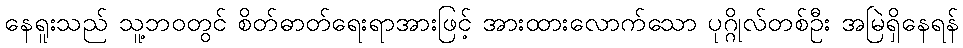
နေရူးသည် သူ့ဘဝတွင် စိတ်ဓာတ်ရေးရာအားဖြင့် အားထားလောက်သော ပုဂ္ဂိုလ်တစ်ဦး အမြဲရှိနေရန်